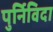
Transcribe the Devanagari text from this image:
पुर्निविदा